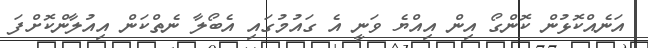
އަނެއްކޮޅުން ކޮންގޯ އިން އިއްޔެ ވަނީ އެ ގައުމުގައި އެބޯލާ ނެތްކަން އިއުލާންކޮށްފަ